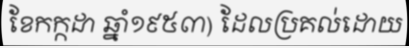
ខែកក្កដា ឆ្នាំ១៩៥៣) ដែលប្រគល់ដោយ